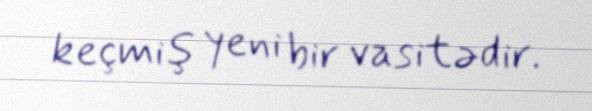
keçmiş yeni bir vasitədir.